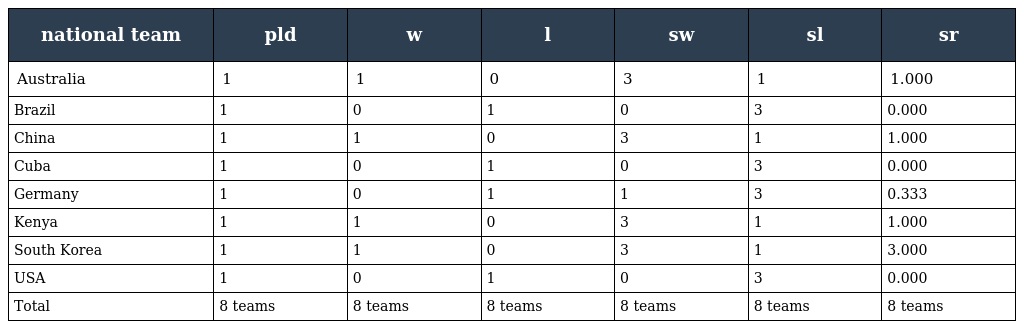
| national team | pld | w | l | sw | sl | sr |
 | --- | --- | --- | --- | --- | --- | --- |
 | Australia | 1 | 1 | 0 | 3 | 1 | 1.000 |
 | Brazil | 1 | 0 | 1 | 0 | 3 | 0.000 |
 | China | 1 | 1 | 0 | 3 | 1 | 1.000 |
 | Cuba | 1 | 0 | 1 | 0 | 3 | 0.000 |
 | Germany | 1 | 0 | 1 | 1 | 3 | 0.333 |
 | Kenya | 1 | 1 | 0 | 3 | 1 | 1.000 |
 | South Korea | 1 | 1 | 0 | 3 | 1 | 3.000 |
 | USA | 1 | 0 | 1 | 0 | 3 | 0.000 |
 | Total | 8 teams | 8 teams | 8 teams | 8 teams | 8 teams | 8 teams |